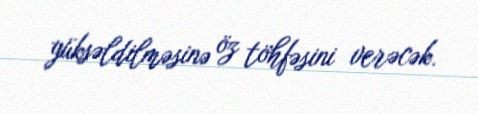
yüksəldilməsinə öz töhfəsini verəcək.